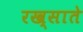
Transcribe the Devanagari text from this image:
रख्साते